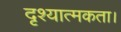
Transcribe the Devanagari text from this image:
दृश्यात्मकता।